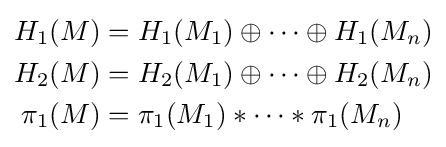
{\begin{aligned}H_{1}(M)&=H_{1}(M_{1})\oplus \cdots \oplus H_{1}(M_{n})\\H_{2}(M)&=H_{2}(M_{1})\oplus \cdots \oplus H_{2}(M_{n})\\\pi _{1}(M)&=\pi _{1}(M_{1})*\cdots *\pi _{1}(M_{n})\end{aligned}}